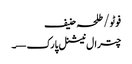
فوٹو/ طلحہ حنیف
چترال نیشنل پارک—۔